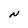
Character: N